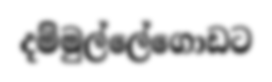
දම්මුල්ලේගොඩට